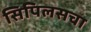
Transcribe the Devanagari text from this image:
सिपिलसचा